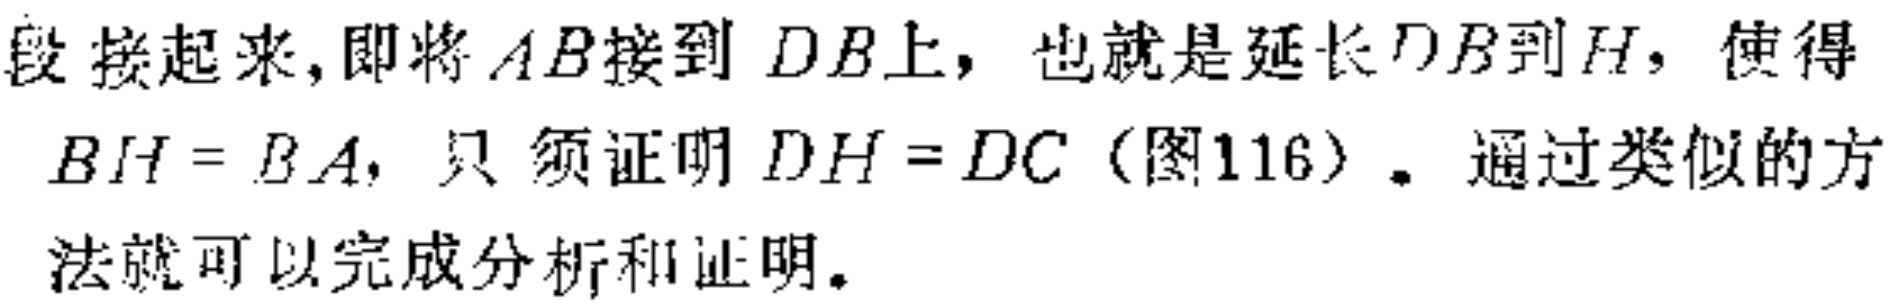
段接起来,即将 \(AB\) 接到 \(DB\) 上，也就是延长 \(DB\)到 \(H\)，使得 \(BH = BA\)，只须证明 \(DH = DC\)（图116）。通过类似的方法就可以完成分析和证明。